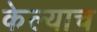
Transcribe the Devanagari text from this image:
केल्याच